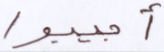
أجيبوا